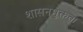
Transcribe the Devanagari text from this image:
शासनमुक्तता